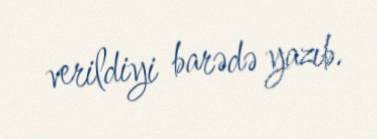
verildiyi barədə yazıb.